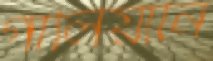
গালিয়ানি